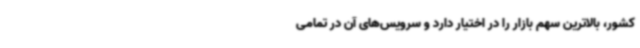
کشور، بالاترین سهم بازار را در اختیار دارد و سرویس‌های آن در تمامی